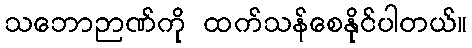
သဘောဉာဏ်ကို ထက်သန်စေနိုင်ပါတယ်။